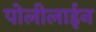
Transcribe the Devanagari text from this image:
पोलीलाईन